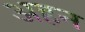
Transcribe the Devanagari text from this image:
अहन